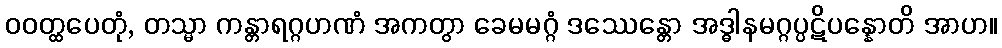
ဝဝတ္ထပေတုံ, တသ္မာ ကန္တာရဂ္ဂဟဏံ အကတွာ ခေမမဂ္ဂံ ဒဿေန္တော အဒ္ဓါနမဂ္ဂပ္ပဋိပန္နောတိ အာဟ။